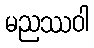
မညဿဝါ